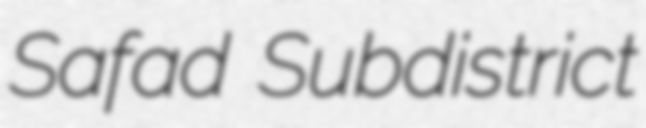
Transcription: Safad Subdistrict